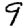
Digit: 9